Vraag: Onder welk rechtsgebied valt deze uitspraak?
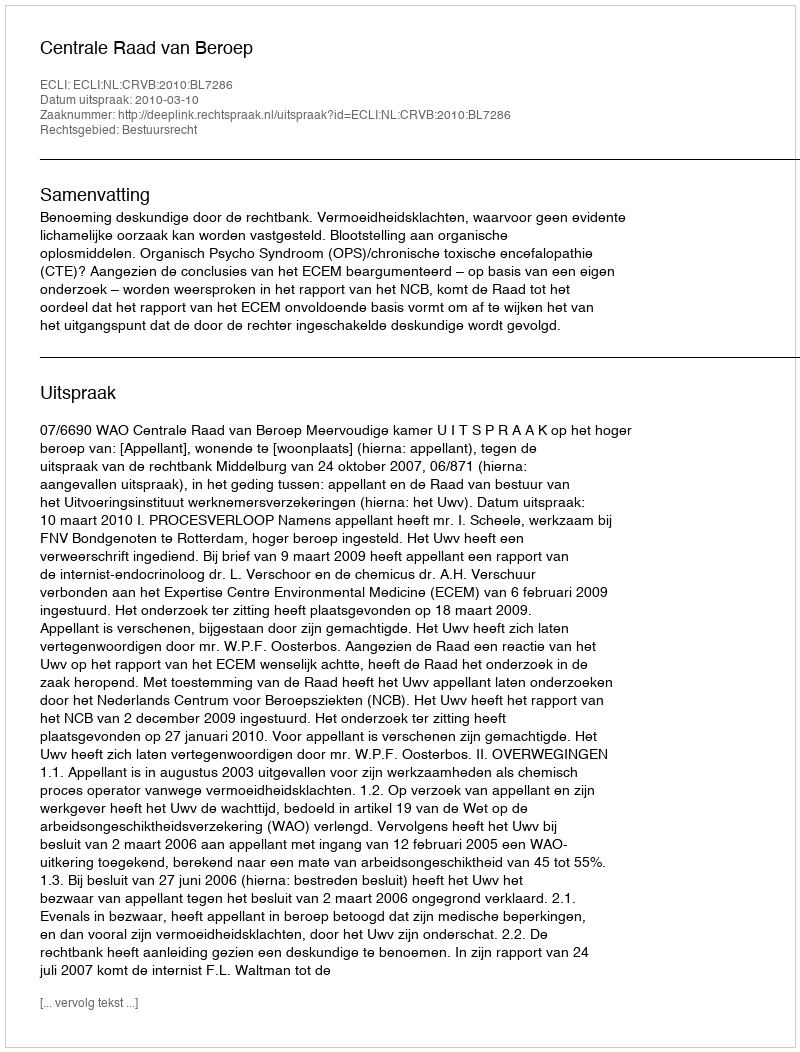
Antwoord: Bestuursrecht